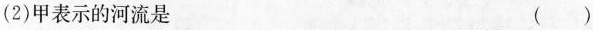
(2)甲表示的河流是 （）